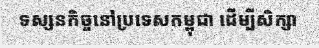
ទស្សនកិច្ចនៅប្រទេសកម្ពុជា ដើម្បីសិក្សា